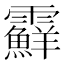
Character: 𩆵